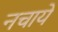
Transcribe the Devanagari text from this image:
नचायें